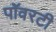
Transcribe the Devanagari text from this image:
पॉवरटी